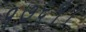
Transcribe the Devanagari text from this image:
१७६१।